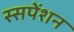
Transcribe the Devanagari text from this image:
स्सपेंशन